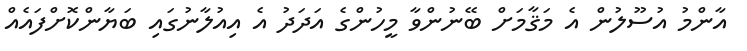
އާންމު އުސޫލުން އެ މަޤާމަށް ބޭނުންވާ މީހުންގެ އަދަދު އެ އިއުލާނުގައި ބަޔާންކޮށްފައެއް